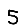
Digit: 5